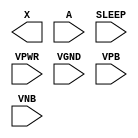
/**
 * Copyright 2020 The SkyWater PDK Authors
 *
 * Licensed under the Apache License, Version 2.0 (the "License");
 * you may not use this file except in compliance with the License.
 * You may obtain a copy of the License at
 *
 *     https://www.apache.org/licenses/LICENSE-2.0
 *
 * Unless required by applicable law or agreed to in writing, software
 * distributed under the License is distributed on an "AS IS" BASIS,
 * WITHOUT WARRANTIES OR CONDITIONS OF ANY KIND, either express or implied.
 * See the License for the specific language governing permissions and
 * limitations under the License.
 *
 * SPDX-License-Identifier: Apache-2.0
 */

`ifndef SKY130_FD_SC_LP__INPUTISO1P_PP_BLACKBOX_V
`define SKY130_FD_SC_LP__INPUTISO1P_PP_BLACKBOX_V

/**
 * inputiso1p: Input isolation, noninverted sleep.
 *
 *             X = (A & !SLEEP)
 *
 * Verilog stub definition (black box with power pins).
 *
 * WARNING: This file is autogenerated, do not modify directly!
 */

`timescale 1ns / 1ps
`default_nettype none

(* blackbox *)
module sky130_fd_sc_lp__inputiso1p (
    X    ,
    A    ,
    SLEEP,
    VPWR ,
    VGND ,
    VPB  ,
    VNB
);

    output X    ;
    input  A    ;
    input  SLEEP;
    input  VPWR ;
    input  VGND ;
    input  VPB  ;
    input  VNB  ;
endmodule

`default_nettype wire
`endif  // SKY130_FD_SC_LP__INPUTISO1P_PP_BLACKBOX_V